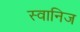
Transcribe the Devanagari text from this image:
स्वानिज